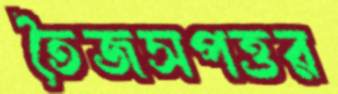
তৈজসপত্তর